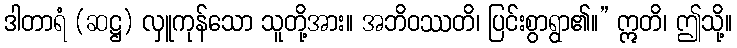
ဒါတာရံ (ဆဋ္ဌ) လှူကုန်သော သူတို့အား။ အဘိဝဿတိ၊ ပြင်းစွာရွာ၏။” ဣတိ၊ ဤသို့။